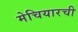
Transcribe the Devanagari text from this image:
मेचियारची